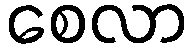
စေလာ